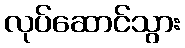
လုပ်ဆောင်သွား